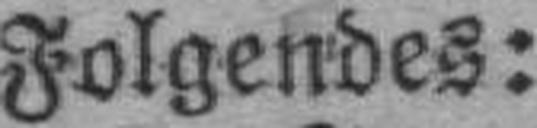
Folgendes: